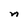
Character: n